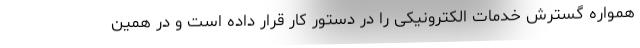
همواره گسترش خدمات الکترونیکی را در دستور کار قرار داده است و در همین